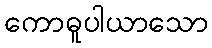
ကောဓူပါယာသော